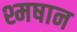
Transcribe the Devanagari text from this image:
श्मषान